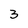
Character: 3